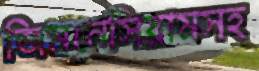
জিমনেসিয়ামসহ